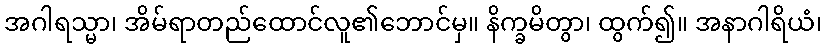
အဂါရသ္မာ၊ အိမ်ရာတည်ထောင်လူ၏ဘောင်မှ။ နိက္ခမိတွာ၊ ထွက်၍။ အနာဂါရိယံ၊